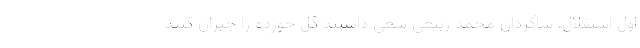
اول استقلال، شاگردان محمد ربیعی سعی داشتند گل خورده را جبران کنند